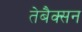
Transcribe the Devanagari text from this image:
तेबैक्सन